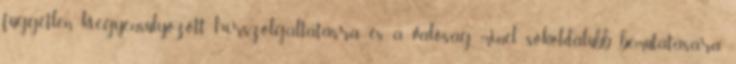
független, kiegyensúlyozott hírszolgáltatásra és a valóság minél sokoldalúbb bemutatására